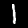
Label: 1